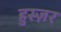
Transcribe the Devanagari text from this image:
हुस्ज़र